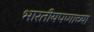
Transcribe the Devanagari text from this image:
भारतीयपणाच्या